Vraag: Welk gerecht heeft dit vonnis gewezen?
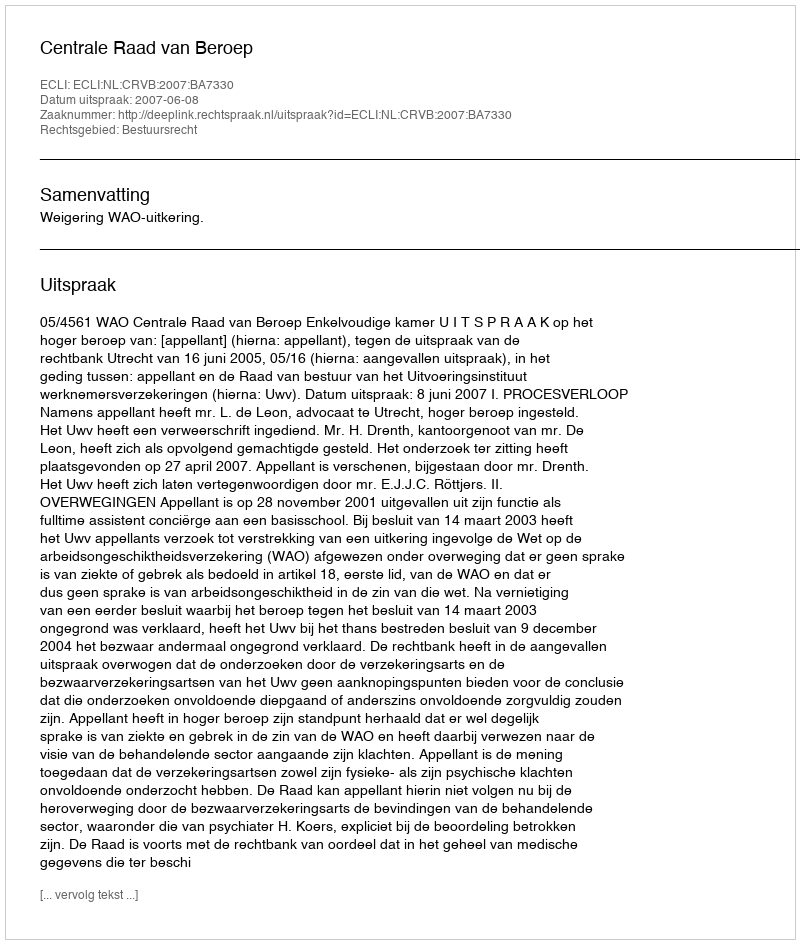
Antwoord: Centrale Raad van Beroep